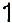
1